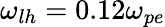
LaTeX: \omega_{lh}=0.12\omega_{pe}